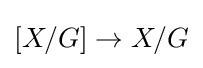
[X/G]\to X/G